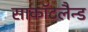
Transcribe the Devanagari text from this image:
साकाॅटलैन्ड